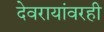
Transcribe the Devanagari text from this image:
देवरायांवरही